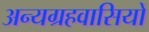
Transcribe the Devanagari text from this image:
अन्यग्रहवासियों